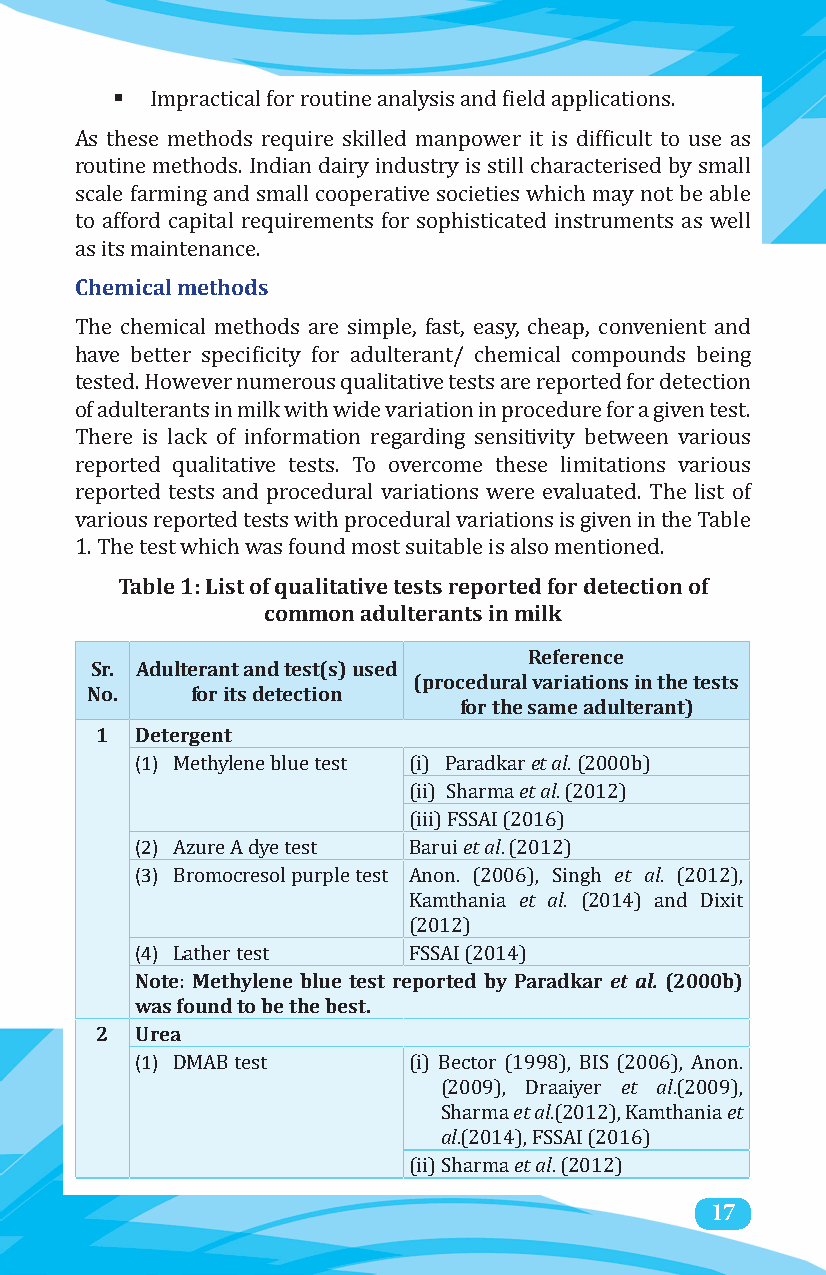

 Impractical for routine analysis and field applications.
 As these methods require skilled manpower it is difficult to use as
 routine methods. Indian dairy industry is still characterised by small
 scale farming and small cooperative societies which may not be able
 to afford capital requirements for sophisticated instruments as well
 Chemical methods
 as its maintenance.
 The chemical methods are simple, fast, easy, cheap, convenient and
 have better specificity for adulterant/ chemical compounds being
 tested. However numerous qualitative tests are reported for detection
 of adulterants in milk with wide variation in procedure for a given test.
 There is lack of information regarding sensitivity between various
 reported qualitative tests. To overcome these limitations various
 reported tests and procedural variations were evaluated. The list of
 various reported tests with procedural variations is given in the Table
 Table 1: List of qualitative tests reported for detection of
 1. The test which was found most suitable is also mentioned.
 common adulterants in milk
 Reference
 Sr. Adulterant and test(s) used
 (procedural variations in the tests
 No.    for its detection
 for the same adulterant)
 1  Detergent
 (1)                       et al.
 et al.
 Methylene blue test (i) Paradkar (2000b)
 (ii) Sharma (2012)
 (2)                   et al
 (iii) FSSAI (2016)
 (3)                             et al
 Azure A dye test Barui . (2012)
 et al.
 Bromocresol purple test Anon. (2006), Singh . (2012),
 Kamthania  (2014) and Dixit
 (4)
 (2012)
 Note: Methylene blue test reported by Paradkar et al. (2000b)
 Lather test     FSSAI (2014)
 was found to be the best.
 2  Urea
 (1)
 et al
 DMAB test       (i) Bector (e1t9 a9l8), BIS (2006), Anoent.
 (a2l009), Draaiyer .(2009),
 Sharma .(2012), Kamthania
 et al
 .(2014), FSSAI (2016)
 (ii) Sharma . (2012) 17